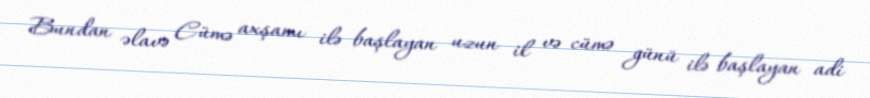
Bundan əlavə Cümə axşamı ilə başlayan uzun il və cümə günü ilə başlayan adi